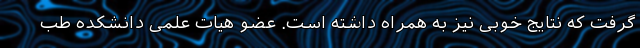
گرفت که نتایج خوبی نیز به همراه داشته است. عضو هیات علمی دانشکده طب